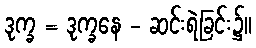
ဒုက္ခ = ဒုက္ခနေ - ဆင်းရဲခြင်း၌။